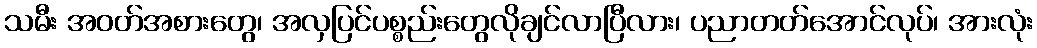
သမီး အဝတ်အစားတွေ၊ အလှပြင်ပစ္စည်းတွေလိုချင်လာပြီလား၊ ပညာတတ်အောင်လုပ်၊ အားလုံး